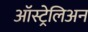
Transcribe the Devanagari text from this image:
ऑस्ट्रेलिअन